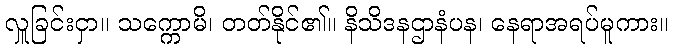
လှူခြင်းငှာ။ သက္ကောမိ၊ တတ်နိုင်၏။ နိသိဒနဌာနံပန၊ နေရာအရပ်မူကား။